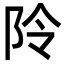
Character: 阾